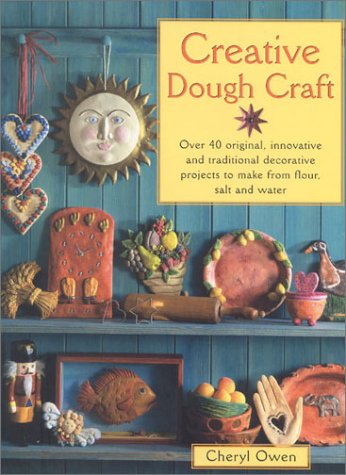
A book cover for Creative Dough Craft: Over 40 Original, Innovative and Traditional Decorative Projects to Make from Flour, Salt and Water; Cheryl Owen; Cookbooks, Food & Wine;